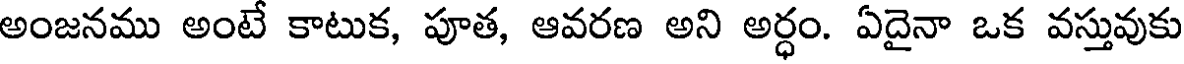
అంజనము అంటే కాటుక, పూత, ఆవరణ అని అర్ధం. ఏదైనా ఒక వస్తువుకు